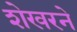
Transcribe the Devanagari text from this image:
शेखरने